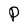
Character: P